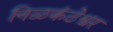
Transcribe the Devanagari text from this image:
निळकंठेश्वर